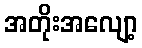
အတိုးအလျော့